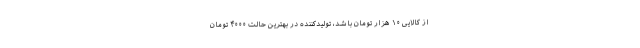
از کالایی ۱۰ هزار تومان باشد، تولیدکننده در بهترین حالت ۴۰۰۰ تومان